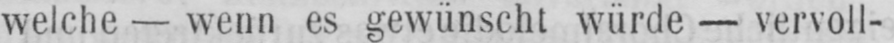
welche - wenn es gewünscht würde - vervoll-